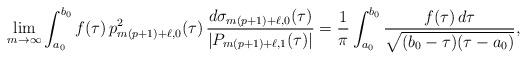
LaTeX: \begin{align*}\lim_{m\rightarrow\infty}\int_{a_{0}}^{b_{0}}f(\tau)\,p_{m(p+1)+\ell,0}^{2}(\tau)\,\frac{d\sigma_{m(p+1)+\ell,0}(\tau)}{|P_{m(p+1)+\ell,1}(\tau)|}=\frac{1}{\pi}\int_{a_{0}}^{b_{0}}\frac{f(\tau)\,d\tau}{\sqrt{(b_{0}-\tau)(\tau-a_{0})}},\end{align*}